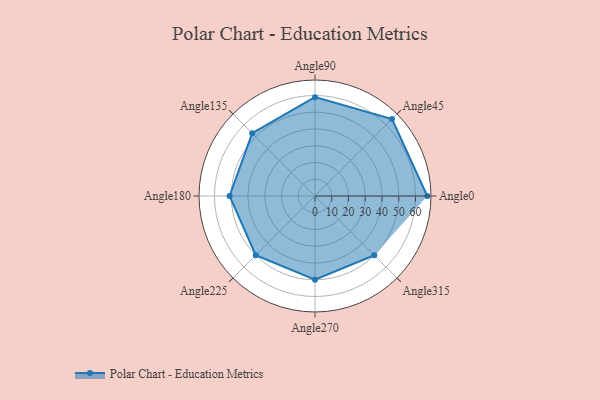
{"axis": {"x": "Angle", "y": "Radius"}, "legend": [""], "data": [{"x": "Angle0", "y": 67.0, "type": ""}, {"x": "Angle45", "y": 65.0, "type": ""}, {"x": "Angle90", "y": 59.0, "type": ""}, {"x": "Angle135", "y": 53.0, "type": ""}, {"x": "Angle180", "y": 51.0, "type": ""}, {"x": "Angle225", "y": 50, "type": ""}, {"x": "Angle270", "y": 50, "type": ""}, {"x": "Angle315", "y": 50, "type": ""}]}